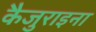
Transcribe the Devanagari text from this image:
कैजुराइना